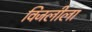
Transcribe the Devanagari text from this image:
विजलीला